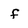
Character: f